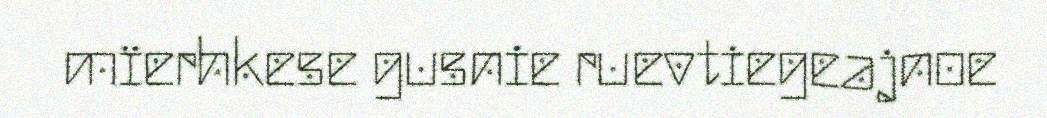
mïerhkese gusnie ruevtiegeajnoe